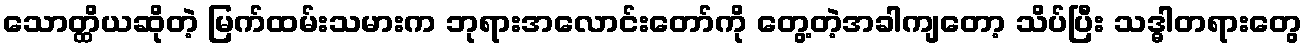
သောတ္ထိယဆိုတဲ့ မြက်ထမ်းသမားက ဘုရားအလောင်းတော်ကို တွေ့တဲ့အခါကျတော့ သိပ်ပြီး သဒ္ဓါတရားတွေ